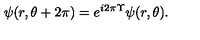
\psi ( r , \theta + 2 \pi ) = e ^ { i 2 \pi \Upsilon } \psi ( r , \theta ) .